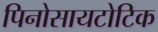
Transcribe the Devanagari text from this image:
पिनोसायटोटिक